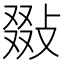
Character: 敠